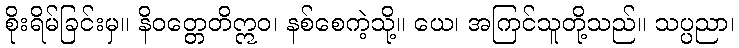
စိုးရိမ်ခြင်းမှ။ နိဝတ္တေတိဣဝ၊ နစ်စေကဲ့သို့။ ယေ၊ အကြင်သူတို့သည်။ သပ္ပညာ၊